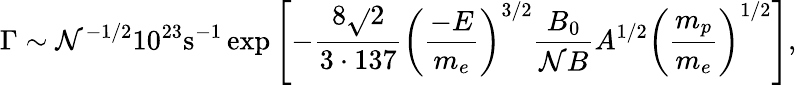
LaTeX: \Gamma\sim\mathcal{N}^{-1/2}10^{23}\mathrm{{s}}^{-1}\exp\left[-{\frac{{8\sqrt{}{{2}}}}{{3\cdot137}}}\left({\frac{{-E}}{{m_{e}}}}\right)^{3/2}{\frac{{B_{0}}}{{\mathcal{N}B}}}A^{1/2}\left({\frac{{m_{p}}}{{m_{e}}}}\right)^{1/2}\right],